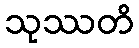
သုဿတိ